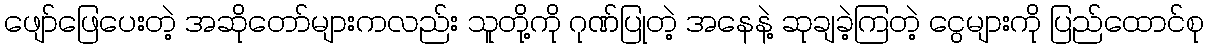
ဖျော်ဖြေပေးတဲ့ အဆိုတော်များကလည်း သူတို့ကို ဂုဏ်ပြုတဲ့ အနေနဲ့ ဆုချခဲ့ကြတဲ့ ငွေများကို ပြည်ထောင်စု